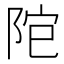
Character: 𨹕